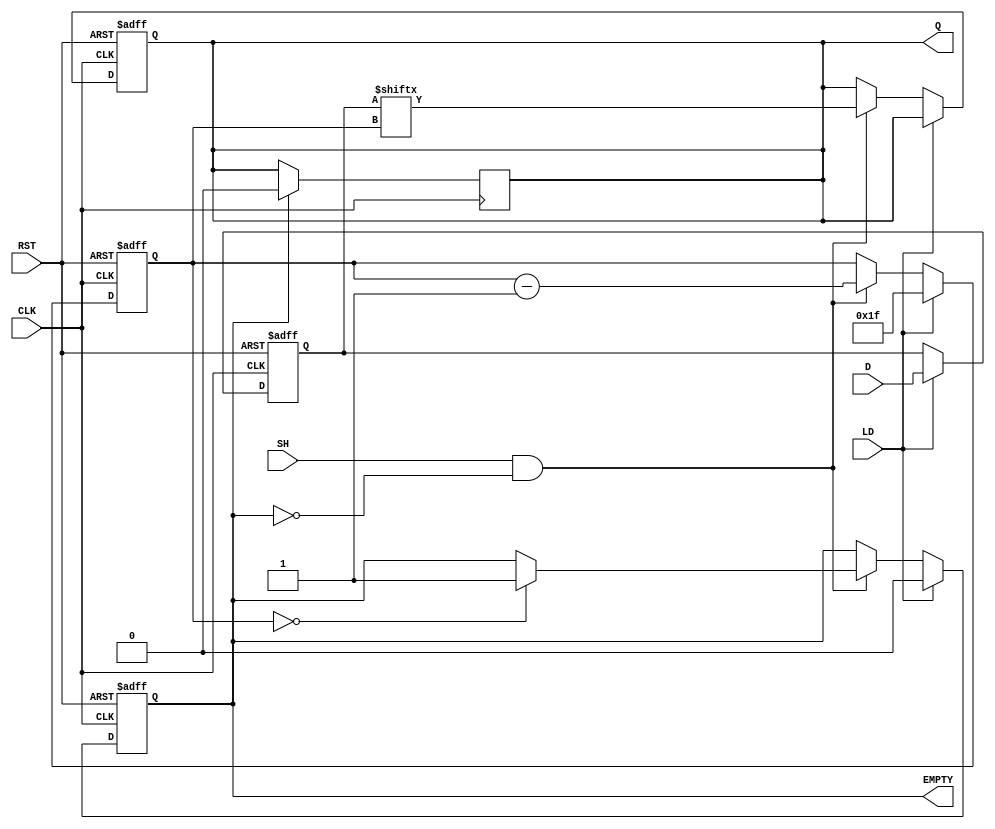
module PISO_32bit (
    input wire [31:0] D,      // Parallel Data Input
    input wire LD,            // Load signal
    input wire SH,            // Shift signal
    input wire CLK,           // Clock signal
    input wire RST,           // Reset signal
    output reg Q,             // Serial Output
    output reg EMPTY          // Empty signal
);

    reg [31:0] REG;           // Storage Register
    reg [4:0] counter;        // Counter to track the current bit being shifted out
    reg loading;              // Flag to indicate loading state

    // Asynchronous Reset
    always @(posedge CLK or posedge RST) begin
        if (RST) begin
            REG <= 32'b0;     // Clear the register
            Q <= 1'b0;        // Clear the output
            counter <= 5'd0;  // Reset the counter
            EMPTY <= 1'b1;    // Register is empty
            loading <= 1'b0;  // Not in loading state
        end else begin
            if (LD) begin
                REG <= D;     // Load data into the register
                counter <= 5'd31; // Set counter to point to MSB
                EMPTY <= 1'b0; // Register is not empty
                loading <= 1'b1; // Indicate loading state
            end else if (SH && !EMPTY) begin
                Q <= REG[counter]; // Shift out the current bit
                counter <= counter - 1; // Decrement the counter
                if (counter == 5'd0) begin
                    EMPTY <= 1'b1; // Register is empty after last shift
                end
            end
        end
    end

    // Ensure Q is set to 0 when EMPTY is high
    always @(posedge CLK) begin
        if (EMPTY) begin
            Q <= 1'b0; // Output is 0 when register is empty
        end
    end

endmodule